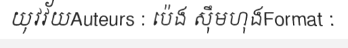
យុវវ័យAuteurs : ប៉េង ស៊ឹមហុងFormat :